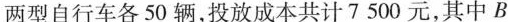
两型自行车各50辆，投放成本共计7500元，其中B